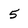
Character: 5